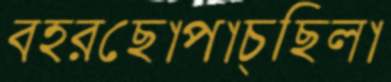
বহরছোপাচ্ছিলা